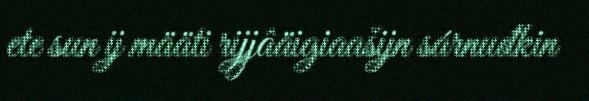
ete sun ij määti rijjâäigiaašijn sárnuđkin